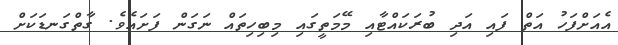
އެއަށްފަހު އަތް ފައި އަދި ބުރަކައްޓާއި މޭމަތީގައި މިބިހިތައް ނަގަން ފަށައެވެ. ގާތްގަނޑަކަށް